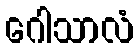
ဂေါသာလံ